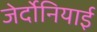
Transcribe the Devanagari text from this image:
जेर्दोनियाई